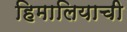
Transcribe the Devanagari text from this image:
हिमालियाची